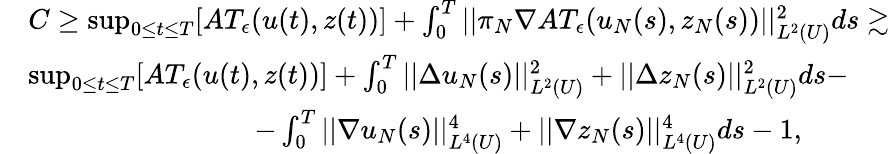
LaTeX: \begin{array}{rl}&{C\geq\operatorname*{sup}_{0\leq t\leq T}[AT_{\epsilon}(u(t),z(t))]+\int_{0}^{T}||\pi_{N}\nabla AT_{\epsilon}(u_{N}(s),z_{N}(s))||_{L^{2}(U)}^{2}ds\gtrsim}\\ &{\operatorname*{sup}_{0\leq t\leq T}[AT_{\epsilon}(u(t),z(t))]+\int_{0}^{T}||\Delta u_{N}(s)||_{L^{2}(U)}^{2}+||\Delta z_{N}(s)||_{L^{2}(U)}^{2}ds-}\\ &{\qquad\qquad\qquad\qquad-\int_{0}^{T}||\nabla u_{N}(s)||_{L^{4}(U)}^{4}+||\nabla z_{N}(s)||_{L^{4}(U)}^{4}ds-1,}\end{array}